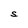
Character: S